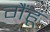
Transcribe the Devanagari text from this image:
गैंहूं